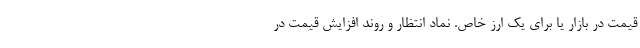
قیمت در بازار یا برای یک ارز خاص. نماد انتظار و روند افزایش قیمت در